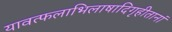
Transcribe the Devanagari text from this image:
यावत्फलाभिलाषादिगृहीतानां